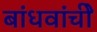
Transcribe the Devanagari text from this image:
बांधवांचीे